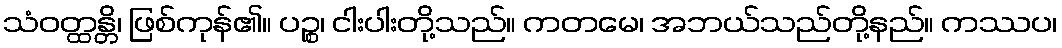
သံဝတ္ထန္တိ၊ ဖြစ်ကုန်၏။ ပဉ္စ၊ ငါးပါးတို့သည်။ ကတမေ၊ အဘယ်သည်တို့နည်။ ကဿပ၊